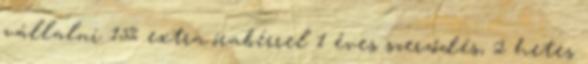
vállalni 15% extra órabérrel 1 éves szerződés, 2 hetes